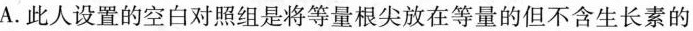
A.此人设置的空白对照组是将等量根尖放在等量的但不含生长素的